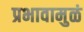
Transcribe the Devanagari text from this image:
प्रभावामुळं